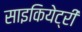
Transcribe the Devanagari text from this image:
साइकियेट्री